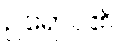
ဥရောပ၏